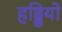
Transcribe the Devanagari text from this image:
हड्डियो